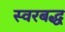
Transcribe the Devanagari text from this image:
स्‍वरबद्ध